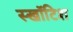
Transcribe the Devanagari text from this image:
स्खॉटिश